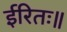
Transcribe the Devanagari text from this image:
ईरितः॥